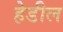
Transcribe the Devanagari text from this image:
हेडील